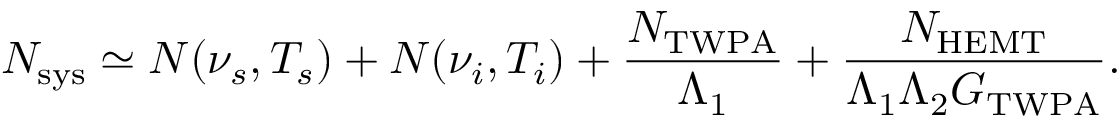
N _ { \mathrm { s y s } } \simeq N ( \nu _ { s } , T _ { s } ) + N ( \nu _ { i } , T _ { i } ) + \frac { N _ { \mathrm { T W P A } } } { \Lambda _ { 1 } } + \frac { N _ { \mathrm { H E M T } } } { \Lambda _ { 1 } \Lambda _ { 2 } G _ { \mathrm { T W P A } } } .